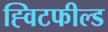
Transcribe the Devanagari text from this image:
ह्विटफील्ड